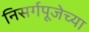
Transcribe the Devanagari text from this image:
निसर्गपूजेच्या